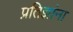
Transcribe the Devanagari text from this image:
प्रतिज्ञांना